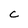
Character: C